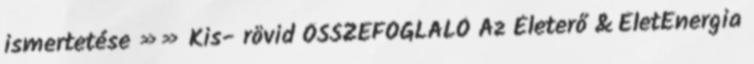
ismertetése »» Kis- rövid ÖSSZEFOGLALÓ Az Életerő & ÉletEnergia